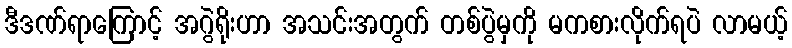
ဒီဒဏ်ရာကြောင့် အဂွဲရိုးဟာ အသင်းအတွက် တစ်ပွဲမှကို မကစားလိုက်ရပဲ လာမယ့်